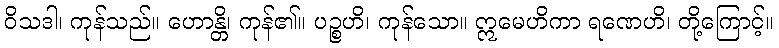
ဝိသဒါ၊ ကုန်သည်။ ဟောန္တိ၊ ကုန်၏။ ပဉ္စဟိ၊ ကုန်သော။ ဣမေဟိကာ ရဏေဟိ၊ တို့ကြောင့်။